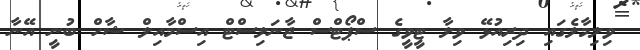
ވިލިމާލެގައި ދިރިއުޅޭ ވިލާ ޓީވީގެ ސްޕޯޓްސް ޖާނަލިސްޓް އިސްމާއިލް ޝާހް ބުނީ އޭނާ